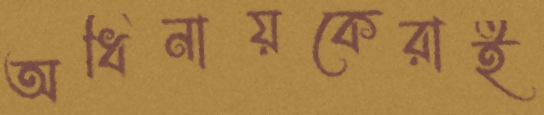
অধিনায়কেরাই